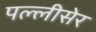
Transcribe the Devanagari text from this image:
पल्लीसेर